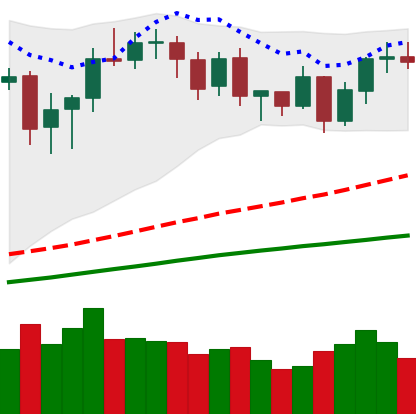
Ticker: BNB-USD
Chart end date: 2020-08-29
Forward return: -10.392%
Label: down_7plus